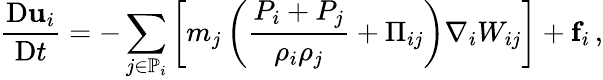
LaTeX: \frac{\mathrm{D}\mathbf{u}_{i}}{\mathrm{D}t}=-\sum_{j\in\mathbb{P}_{i}}\left[m_{j}\left(\frac{P_{i}+P_{j}}{\rho_{i}\rho_{j}}+\Pi_{ij}\right)\nabla_{i}W_{ij}\right]+\mathbf{f}_{i}\, ,